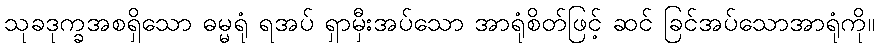
သုခဒုက္ခအစရှိသော ဓမ္မရုံ ရအပ် ရှာမှီးအပ်သော အာရုံစိတ်ဖြင့် ဆင် ခြင်အပ်သောအာရုံကို။